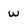
Character: W